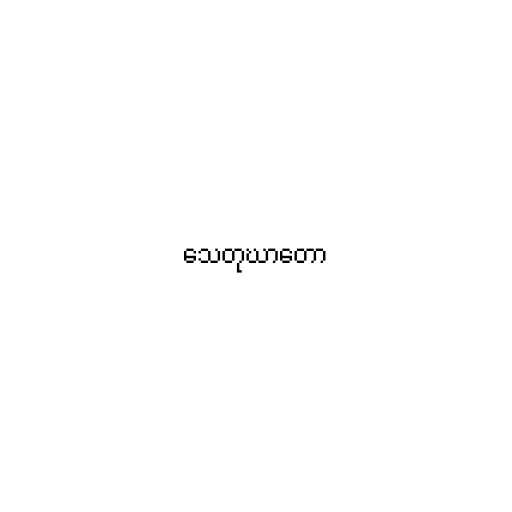
သေတုဃာတော